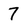
Character: 7